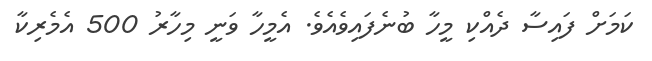
ކަމަށް ފައިސާ ދެއްކި މީހާ ބުނެފައިވެއެވެ. އެމީހާ ވަނީ މިހާރު 500 އެމެރިކާ